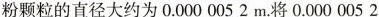
粉颗粒的直径大约为0.0000052m.将0.0000052